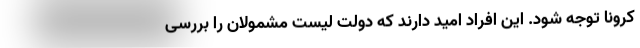
کرونا توجه شود. این افراد امید دارند که دولت لیست مشمولان را بررسی